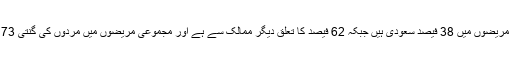
کورونا وائرس کے نئے سامنے آنے والے مریضوں میں 38 فیصد سعودی ہیں جبکہ 62 فیصد کا تعلق دیگر ممالک سے ہے اور مجموعی مریضوں میں مردوں کی گنتی 73 فیصد جبکہ خواتین کی تعداد 27فیصد ہے۔